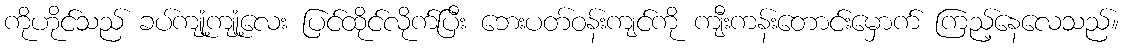
ကိုဟိုင်သည် ခပ်ကျုံ့ကျုံ့လေး ပြင်ထိုင်လိုက်ပြီး ဘေးပတ်ဝန်းကျင်ကို ကျီးကန်းတောင်းမှောက် ကြည့်နေလေသည်။